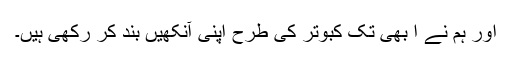
اور ہم نے ا بھی تک کبوتر کی طرح اپنی آنکھیں بند کر رکھی ہیں۔